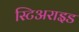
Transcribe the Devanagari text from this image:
स्टिअराइड